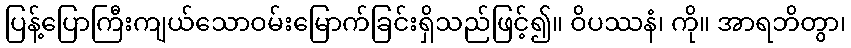
ပြန့်ပြောကြီးကျယ်သောဝမ်းမြောက်ခြင်းရှိသည်ဖြင့်၍။ ဝိပဿနံ၊ ကို။ အာရဘိတွာ၊